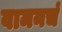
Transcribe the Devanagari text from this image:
वामनचं